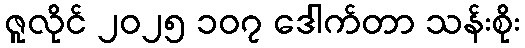
ဇူလိုင် ၂၀၂၅ ၁၀၇ ဒေါက်တာ သန်းစိုး